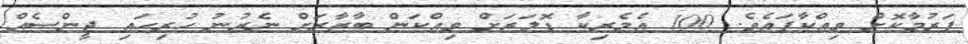
ފަރުމާކޮށް ވިއްކާފައެވެ. 100 އެމެރިކާ ޑޮލަރަށް ވިއްކަން ބާޒާރަށް ނެރުނު ހުރިހައި ޖީންސެއް